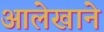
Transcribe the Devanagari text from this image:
आलेखाने